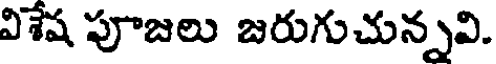
విశేష పూజలు జరుగుచున్నవి.